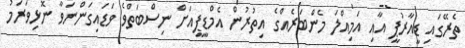
ތެރޭގައި ޑީއާރުޕީ އާއި އަމިއްލަ މެންބަރެއްގެ އިތުރުން އެމްޑީޕީއަށް ނިސްބަތްވެ ވަޑައިގަންނަވާ ނޮޅިވަރަމު